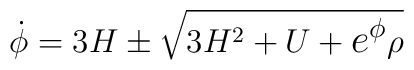
\setcounter{equation}{4} \dot \phi= 3H\pm\sqrt{3H^2+U+\hbox{\large$e^\phi$} \rho}